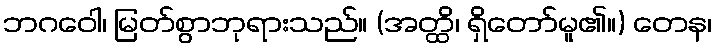
ဘဂဝေါ၊ မြတ်စွာဘုရားသည်။ (အတ္ထိ၊ ရှိတော်မူ၏။) တေန၊